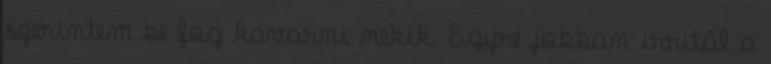
szerintem be fog kavarni nekik. Egyre jobban irritál a